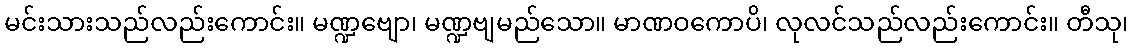
မင်းသားသည်လည်းကောင်း။ မဏ္ဍဗျော၊ မဏ္ဍဗျမည်သော။ မာဏဝကောပိ၊ လုလင်သည်လည်းကောင်း။ တီသု၊